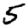
Digit: 5